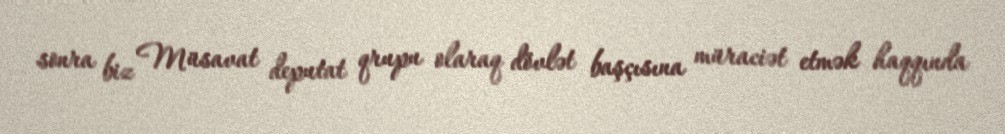
sonra biz Müsavat deputat qrupu olaraq dövlət başçısına müraciət etmək haqqında